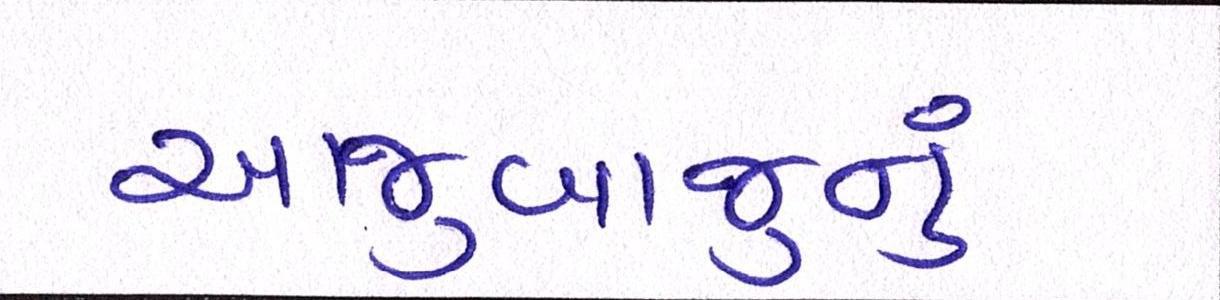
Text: આજુબાજુનું